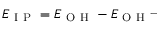
E _ { \mathrm { ~ I ~ P ~ } } = E _ { \mathrm { ~ O ~ H ~ } } - E _ { \mathrm { ~ O ~ H ~ } ^ { - } }